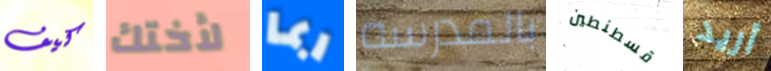
كيف لأختك ربما بالمدرسه قسطنطين أريد